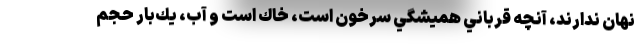
نهان ندارند، آنچه قرباني هميشگي سرخون است، خاك است و آب، يك‌بار حجم